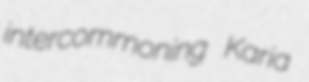
intercommoning Karia